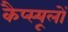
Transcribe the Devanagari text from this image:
कैप्स्यूलों